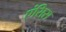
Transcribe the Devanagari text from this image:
एंसिस